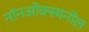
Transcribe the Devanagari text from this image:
नॉनओक्स्यनोल